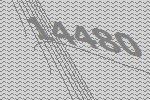
14480